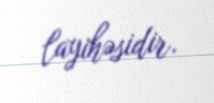
layihəsidir.